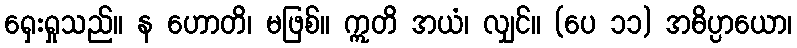
ရှေးရှုသည်။ န ဟောတိ၊ မဖြစ်။ ဣတိ အယံ၊ လျှင်။ (ပေ ၁၁) အဓိပ္ပာယော၊